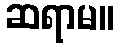
ဆရာမ။